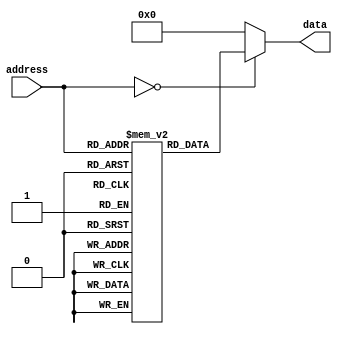
module MaskProgrammedROM(
    input wire [address_width-1:0] address,
    output reg [data_width-1:0] data
);

parameter address_width = 8; // Define the size of the address bus
parameter data_width = 16; // Define the size of the data bus

// Define the memory blocks and initialize data values
reg [data_width-1:0] memory_block0 [0:255]; // Example for 256 memory blocks
initial begin
    // Initialize data values for memory block 0
    memory_block0[0] = 16'hFFFF; // Example data value
    memory_block0[1] = 16'hAAAA;
    
    // Continue initializing data values for other memory blocks
    // ...
end

// Perform address decoding to select the appropriate memory block
always @ (address) begin
    case(address)
        8'h00: data = memory_block0[address];
        // Define cases for other memory blocks
        // ...
        default: data = 16'h0000; // Default data value if address is not found
    endcase
end

endmodule